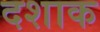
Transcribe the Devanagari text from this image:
दशाक